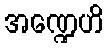
အဏ္ဍေဟိ